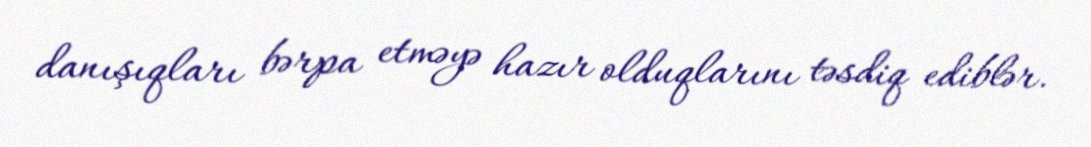
danışıqları bərpa etməyə hazır olduqlarını təsdiq ediblər.